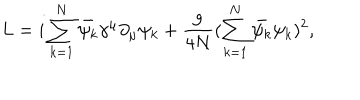
L = i \sum _ { k = 1 } ^ { N } \bar { \psi _ { k } } \gamma ^ { \mu } \partial _ { \mu } \psi _ { k } + \frac { g } { 4 N } ( \sum _ { k = 1 } ^ { N } \bar { \psi _ { k } } \psi _ { k } ) ^ { 2 } ,